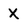
Character: X